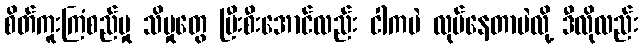
စိတ်ကူးကြံစည်မှု သိမှုတွေ ပြီးစီးအောင်လည်း ငါကပဲ လုပ်နေတာပဲလို့ ဒီလိုလည်း